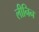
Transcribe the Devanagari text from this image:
लीनिन